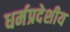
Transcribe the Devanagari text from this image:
धर्मप्रदेशीय